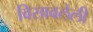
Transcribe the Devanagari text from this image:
विसावलेली